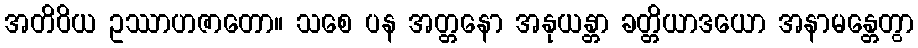
အတိဝိယ ဥဿာဟဇာတော။ သစေ ပန အတ္တနော အနုယန္တာ ခတ္တိယာဒယော အနာမန္တေတွာ